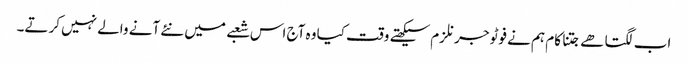
اب لگتا ھے جتنا کام ہم نے فوٹو جرنلزم سیکھتے وقت کیا وہ آج اس شعبے میں نئے آنے والے نہیں کرتے۔